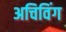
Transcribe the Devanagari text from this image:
अचिविंग